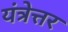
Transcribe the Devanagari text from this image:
यंत्रेत्तर